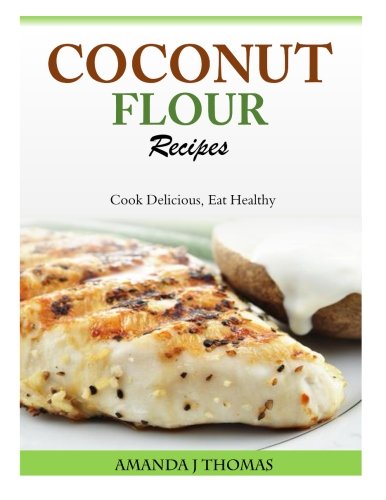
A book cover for Coconut Flour Recipes: Cook Delicious, Eat Healthy; Amanda J Thomas; Cookbooks, Food & Wine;